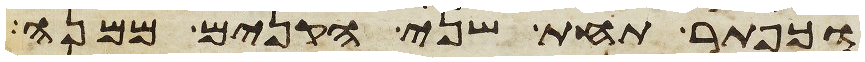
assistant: וכפתר תחת שני הקנים ממנה